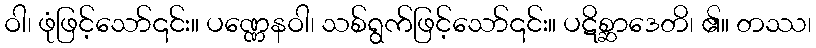
ဝါ၊ ဖုံဖြင့်သော်၎င်း။ ပဏ္ဏေနဝါ၊ သစ်ရွက်ဖြင့်သော်၎င်း။ ပဋိစ္ဆာဒေတိ၊ ၏။ တဿ၊